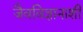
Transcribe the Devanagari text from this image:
जैवविज्ञानाशी